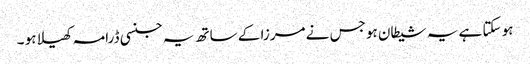
ہو سکتا ہے یہ شیطان ہو جس نے مرزا کے ساتھ یہ جنسی ڈرامہ کھیلا ہو ۔